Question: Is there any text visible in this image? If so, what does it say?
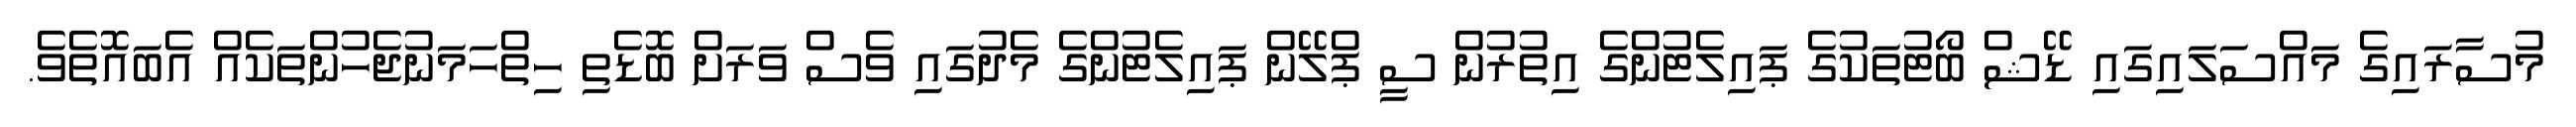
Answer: މުސާރައިގެ މައްސަލައިގައި ޑޭޝް ބޯޓުތަކުގެ ޕައިލެޓުންގެ އިތުރުން ސީ ޕްލޭން ޕައިލެޓުންގެ މެދުގައި ވެސް ވަރަށް ބޮޑެތި ހިތްހަމަނުޖެހުންތަކެއް އެބައޮތެވެ.